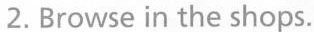
2.Browse in the shops.